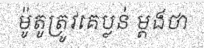
ម៉ូតូត្រូវគេប្លន់ ម្តងថា